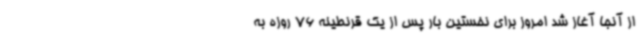
از آنجا آغاز شد امروز برای نخستین بار پس از یک قرنطینه 76 روزه به